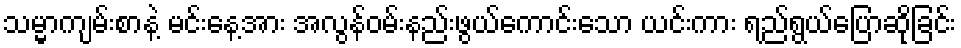
သမ္မာကျမ်းစာနဲ့ မင်းနေ့အား အလွန်ဝမ်းနည်းဖွယ်ကောင်းသော ယင်းကား ရည်ရွယ်ပြောဆိုခြင်း